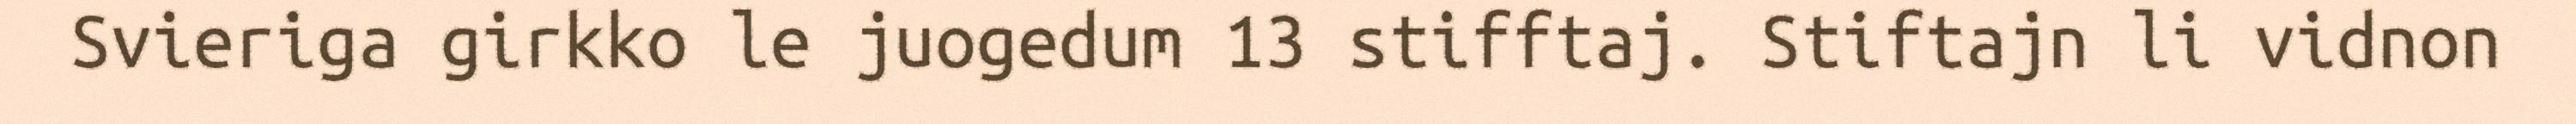
Svieriga girkko le juogedum 13 stifftaj. Stiftajn li vidnon